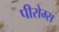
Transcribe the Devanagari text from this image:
पीरोम्स